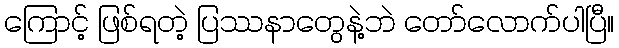
ကြောင့် ဖြစ်ရတဲ့ ပြဿနာတွေနဲ့ဘဲ တော်လောက်ပါပြီ။